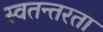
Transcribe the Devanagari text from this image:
स्वतन्तरता